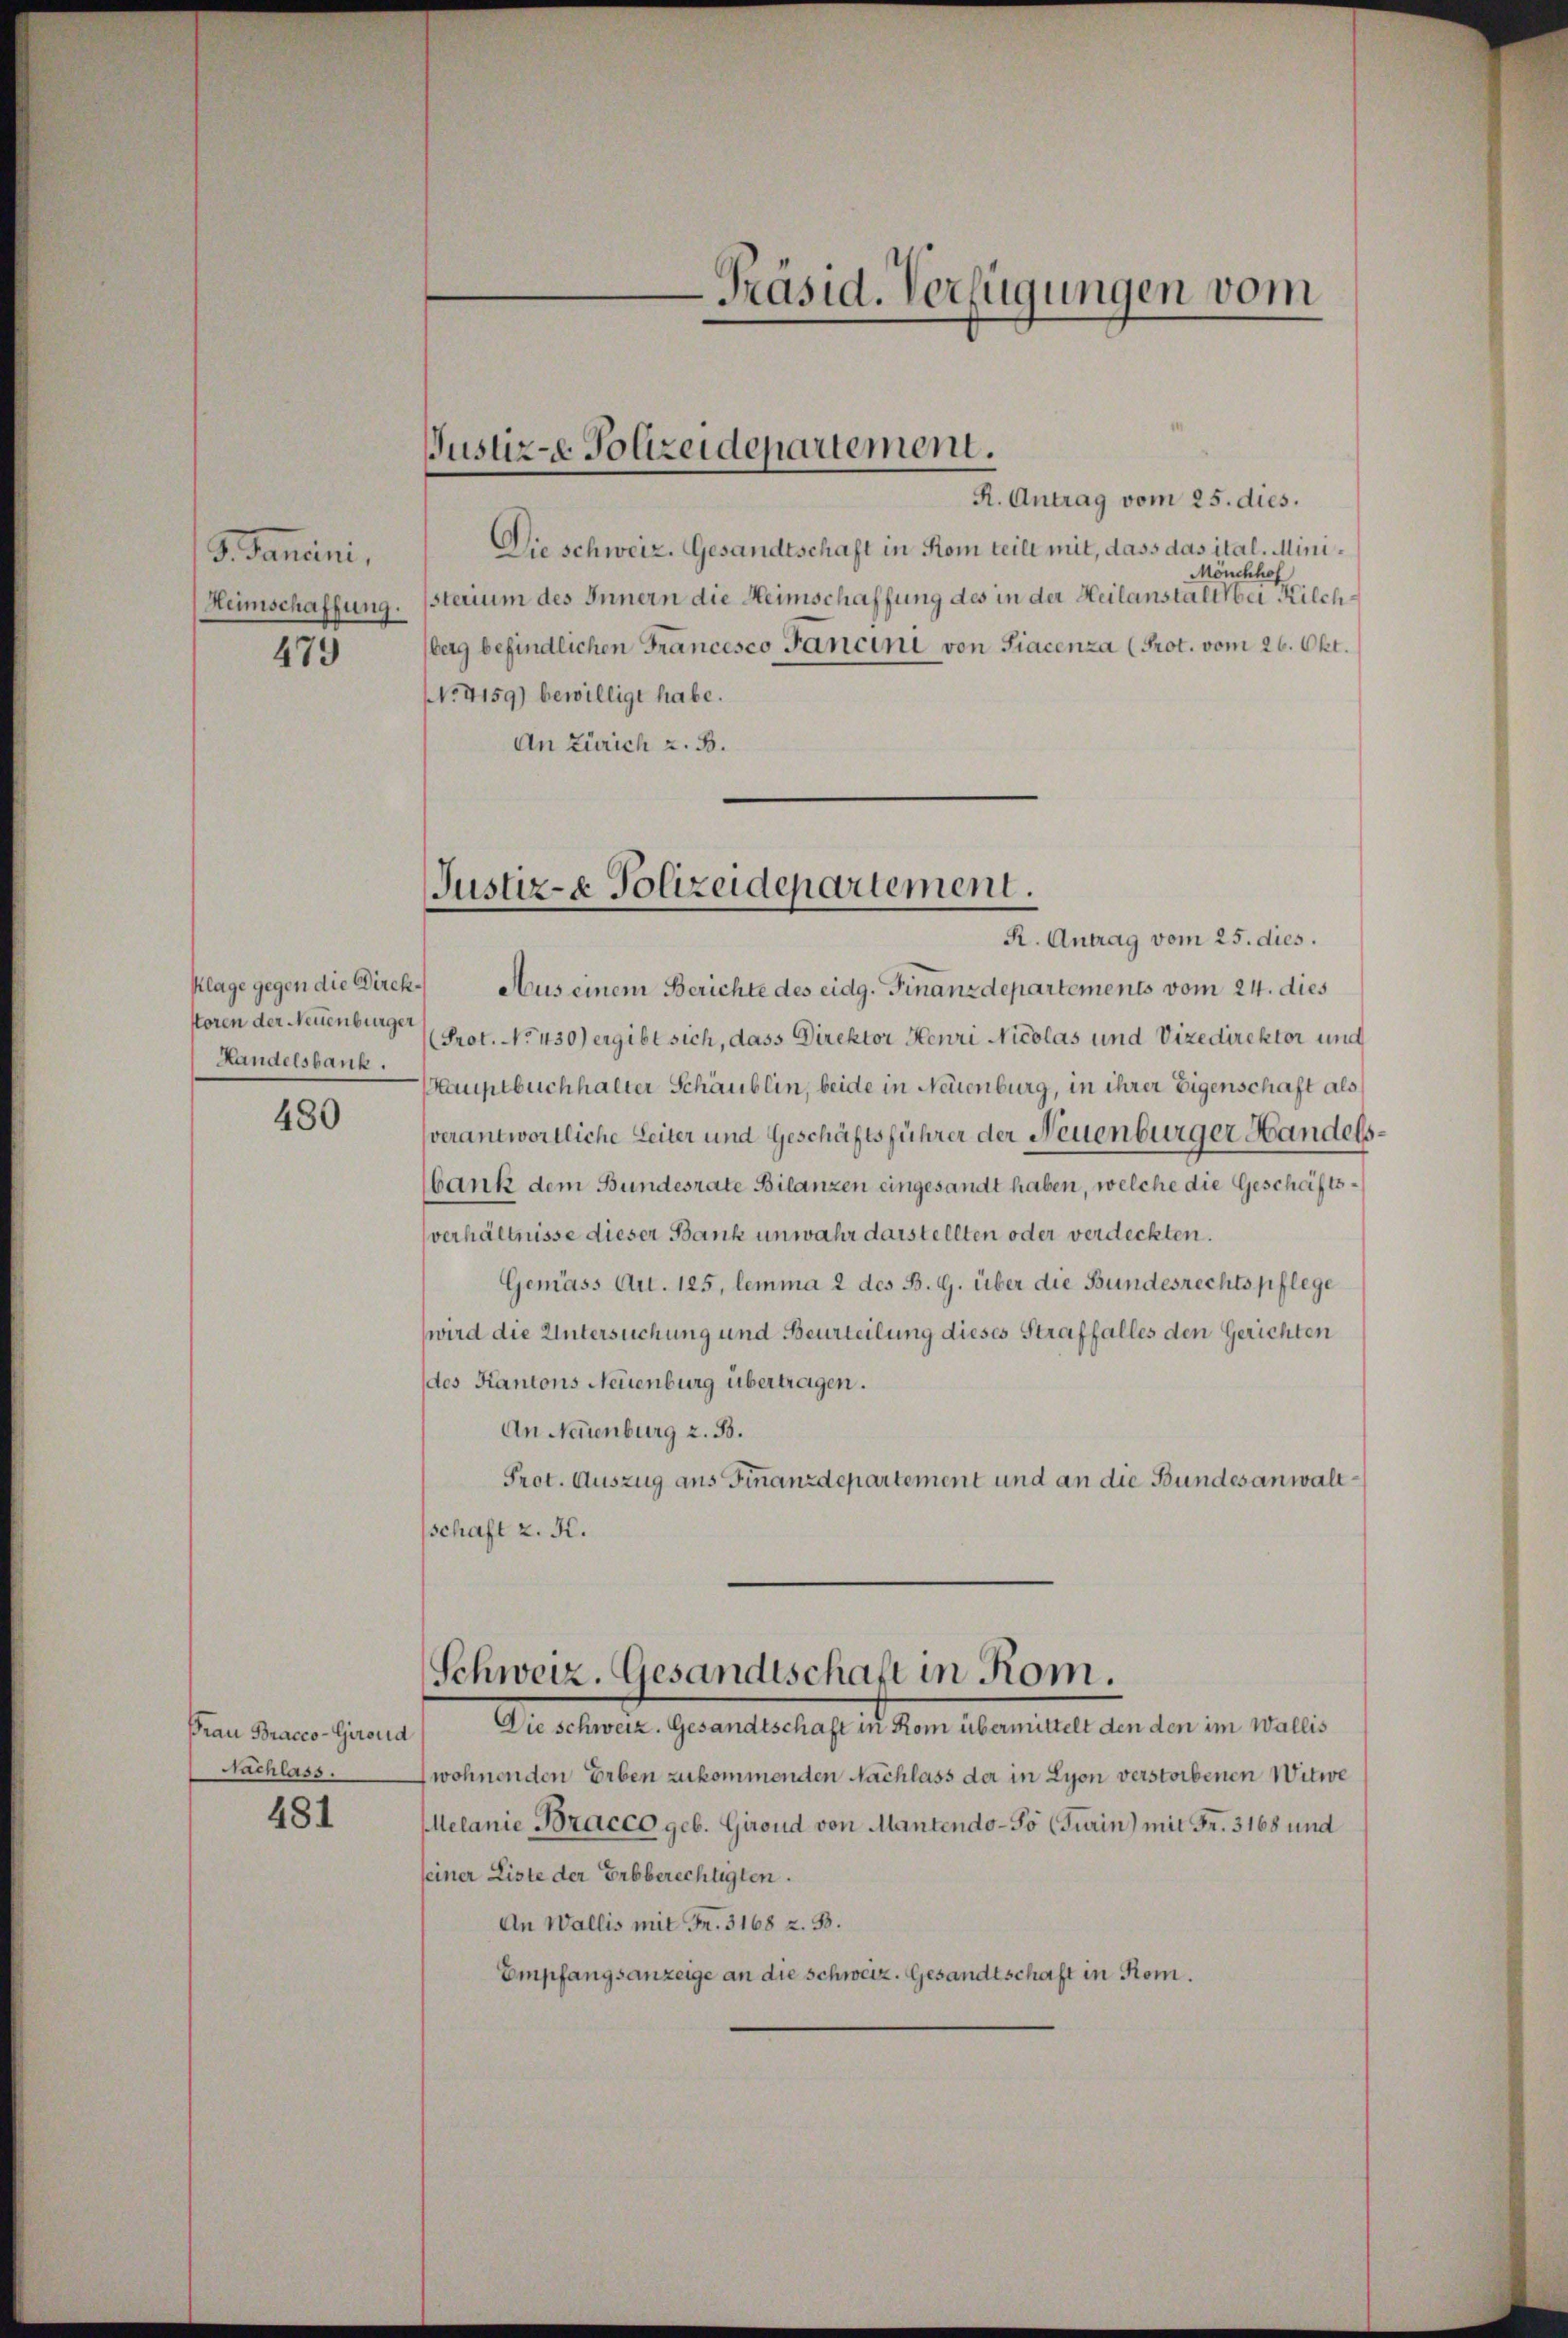
G. Sancini,
Heimschaffung.
479

storen der Neuenburger
Handelsbank.

480

Frau Bracco-Giroud
Nachlass.

481

Justiz-e Polizeidepartement.

R. Antrag vom 25. dies.
Die schweiz. Gesandtschaft in Rom teilt mit, dass das ital. Mini¬
Mönchhof
sterium des Innern die Heimschaffung des in der Heilanstalt bei Kilchberg befindlichen Francesco Fancini von Siacenza (Prot. vom 26. Okt.
NNo. 4159) bewilligt habe.
An Zürich z. B.

Justiz- & Polizeidepartement.
R. Antrag vom 25. dies.

-Präsid. Verfügungen vom

klage gegen die Direk- Aus einem Berichte des eidg. Finanzdepartements vom 24. dies
(Prot. No 430) ergibt sich, dass Direktor Henri Nicolas und Vizedirektor und
Hauptbuchhalter Schäublin, beide in Neuenburg, in ihrer Eigenschaft als
verantwortliche Leiter und Geschäftsführer der Neuenburger Handelsbank dem Bundesrate Bilanzen eingesandt haben, welche die Geschäftsverhältnisse dieser Bank unwahr darstellten oder verdeckten.
Gemäss Art. 125, lemma 2 des B. G. über die Bundesrechtspflege
wird die Untersuchung und Beurteilung dieses Straffalles den Gerichten
des Kantons Neuenburg übertragen.
An Neuenburg z. B.
Prot. Auszug aus Finanzdepartement und an die Bundesanwaltschaft z. K.

Schweiz. Gesandtschaft in Rom.

Die schweiz. Gesandtschaft in Rom übermittelt den den im Wallis
wohnenden Erben zukommenden Nachlass der in Lyon verstorbenen Witwe
Melanie Bracco geb. Giroud von Mantendo-So (Turin) mit Fr. 3168 und
seiner Liste der Erbberechtigten.
An Wallis mit Fr. 3168 z. B.
Empfangsanzeige an die Schweiz. Gesandtschaft in Rom.